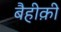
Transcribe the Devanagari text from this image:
बैहीक़ी